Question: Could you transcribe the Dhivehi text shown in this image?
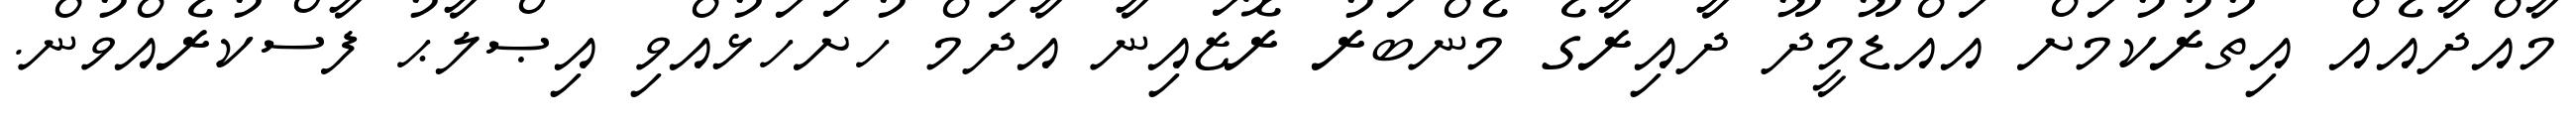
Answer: މާއްދާއެއް އިތުރުކުމަށް އައްޑޫމީދޫ ދާއިރާގެ މެންބަރު ރޮޒައިނާ އާދަމް ހުށަހަޅުއްވި އިޞްލާޙު ފާސްކުރެއްވުން.